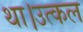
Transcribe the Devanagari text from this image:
था।उत्कल